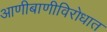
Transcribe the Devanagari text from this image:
आणीबाणीविरोधात